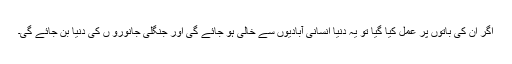
اگر ان کی باتوں پر عمل کیا گیا تو یہ دنیا انسانی آبادیوں سے خالی ہو جائے گی اور جنگلی جانورو ں کی دنیا بن جائے گی۔